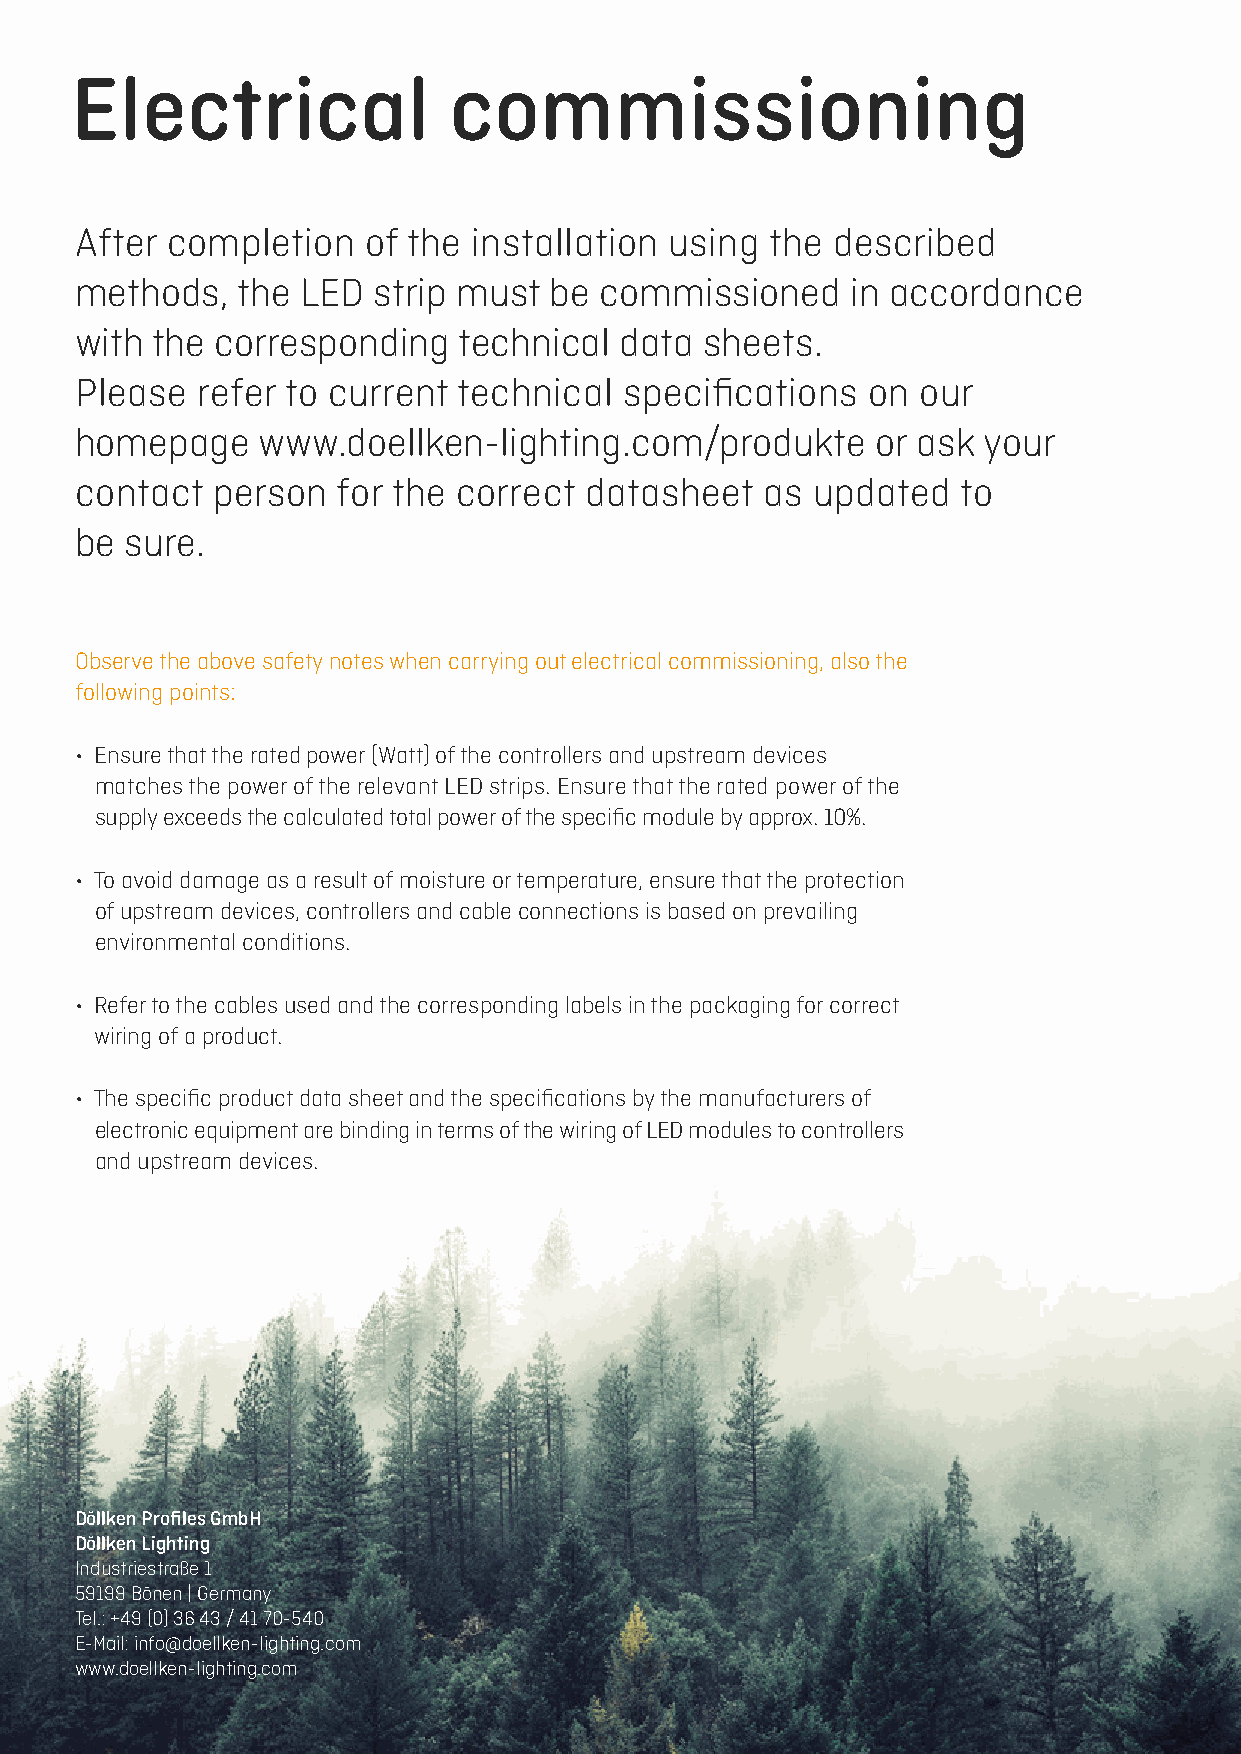
Electrical               commissioning
 After completion   of the installation using  the described
 methods,   the LED  strip must be  commissioned    in accordance
 with the corresponding   technical  data  sheets.
 Please  refer to current technical  specifications  on  our
 homepage    www.doellken-lighting.com/produkte       or ask your
 contact  person  for the correct  datasheet   as updated   to
 be sure.
 Observe the above safety notes when carrying out electrical commissioning, also the
 following points:
 • Ensure that the rated power (Watt) of the controllers and upstream devices
 matches the power of the relevant LED strips. Ensure that the rated power of the
 supply exceeds the calculated total power of the specific module by approx. 10%.
 • To avoid damage as a result of moisture or temperature, ensure that the protection
 of upstream devices, controllers and cable connections is based on prevailing
 environmental conditions.
 • Refer to the cables used and the corresponding labels in the packaging for correct
 wiring of a product.
 • The specific product data sheet and the specifications by the manufacturers of
 electronic equipment are binding in terms of the wiring of LED modules to controllers
 and upstream devices.
 Döllken Profiles GmbH
 Döllken Lighting
 Industriestraße 1
 59199 Bönen | Germany
 Tel.: +49 (0) 36 43 / 41 70-540
 E-Mail: info@doellken-lighting.com
 www.doellken-lighting.com